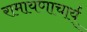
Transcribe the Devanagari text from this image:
रामायणाचार्य्